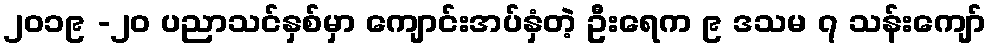
၂၀၁၉ -၂၀ ပညာသင်နှစ်မှာ ကျောင်းအပ်နှံတဲ့ ဦးရေက ၉ ဒသမ ၇ သန်းကျော်